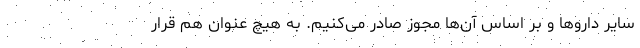
سایر داروها و بر اساس آن‌ها مجوز صادر می‌کنیم. به هیچ عنوان هم قرار